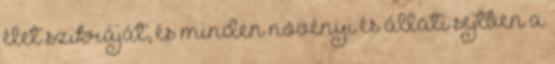
élet szikráját, és minden növényi és állati sejtben a